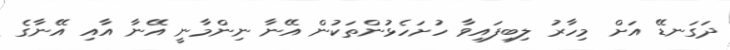
ދަގަނޑޭ އަށް މިހާރު ލިބިފައިވާ ހުށަހެޅުންތަކުން އޭނާ ނިންމާނީ އޭނާ އާއި އޭނާގެ